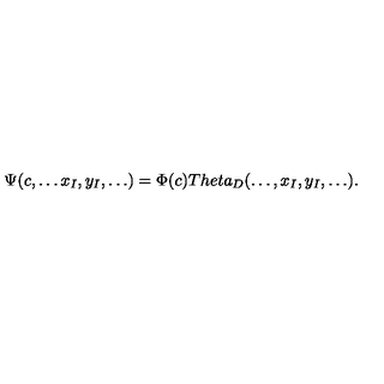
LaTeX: \Psi ( c , \dots x _ { I } , y _ { I } , \dots ) = \Phi ( c ) T h e t a _ { D } ( \dots , x _ { I } , y _ { I } , \dots ) .